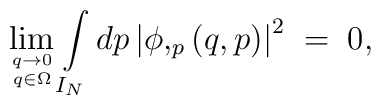
\displaystyle\mathop{\rm lim}_{q \to 0 \atop q \in \Omega}\int\limits_{I_N} dp \left| \phi,_p \left( q,p\right)\right|^2 \;=\;0 ,